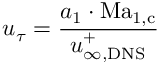
u _ { \tau } = \frac { a _ { 1 } \cdot \mathrm { M a } _ { 1 , \mathrm { c } } } { u _ { \infty , \mathrm { D N S } } ^ { + } }